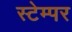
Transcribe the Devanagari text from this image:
स्टेम्पर